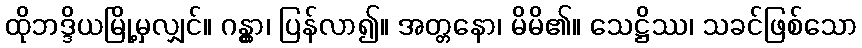
ထိုဘဒ္ဒိယမြို့မှလျှင်။ ဂန္တွာ၊ ပြန်လာ၍။ အတ္တနော၊ မိမိ၏။ သေဋ္ဌိဿ၊ သခင်ဖြစ်သော